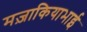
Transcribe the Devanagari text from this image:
मज़ाकियाभाई